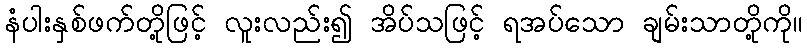
နံပါးနှစ်ဖက်တို့ဖြင့် လူးလည်း၍ အိပ်သဖြင့် ရအပ်သော ချမ်းသာတို့ကို။